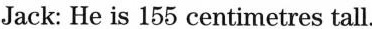
Jack: He is 155 centimetres tall.